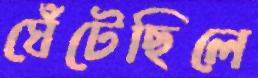
ঘেঁটেছিলে